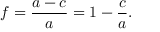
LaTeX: f = { \frac { a - c } { a } } = 1 - { \frac { c } { a } } .